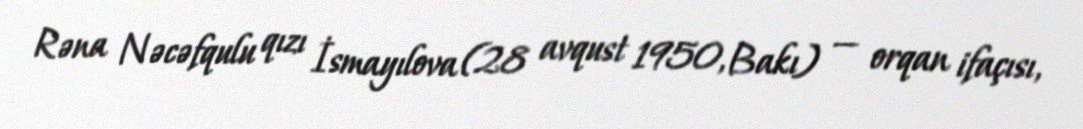
Rəna Nəcəfqulu qızı İsmayılova (28 avqust 1950, Bakı) — orqan ifaçısı,